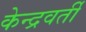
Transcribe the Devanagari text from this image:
केन्द्रवर्ती